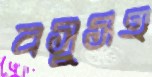
বসুসহ